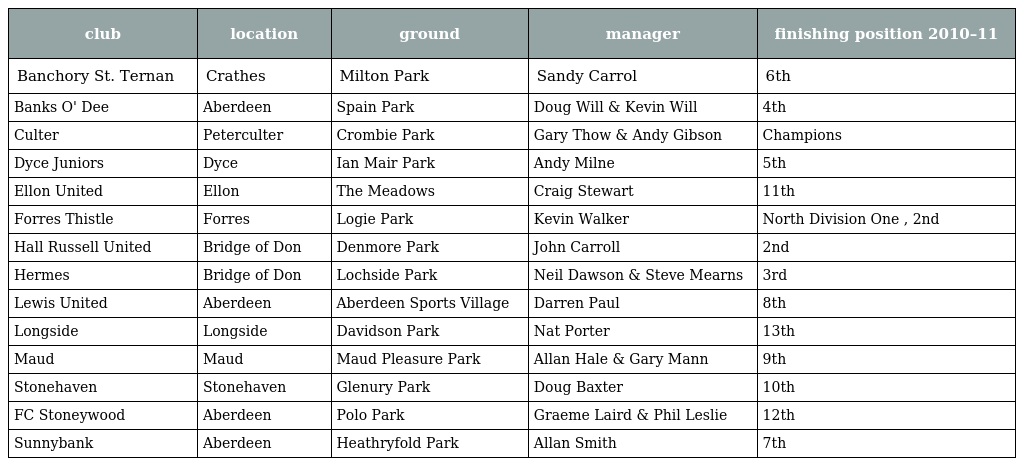
| club | location | ground | manager | finishing position 2010–11 |
 | --- | --- | --- | --- | --- |
 | Banchory St. Ternan | Crathes | Milton Park | Sandy Carrol | 6th |
 | Banks O' Dee | Aberdeen | Spain Park | Doug Will & Kevin Will | 4th |
 | Culter | Peterculter | Crombie Park | Gary Thow & Andy Gibson | Champions |
 | Dyce Juniors | Dyce | Ian Mair Park | Andy Milne | 5th |
 | Ellon United | Ellon | The Meadows | Craig Stewart | 11th |
 | Forres Thistle | Forres | Logie Park | Kevin Walker | North Division One , 2nd |
 | Hall Russell United | Bridge of Don | Denmore Park | John Carroll | 2nd |
 | Hermes | Bridge of Don | Lochside Park | Neil Dawson & Steve Mearns | 3rd |
 | Lewis United | Aberdeen | Aberdeen Sports Village | Darren Paul | 8th |
 | Longside | Longside | Davidson Park | Nat Porter | 13th |
 | Maud | Maud | Maud Pleasure Park | Allan Hale & Gary Mann | 9th |
 | Stonehaven | Stonehaven | Glenury Park | Doug Baxter | 10th |
 | FC Stoneywood | Aberdeen | Polo Park | Graeme Laird & Phil Leslie | 12th |
 | Sunnybank | Aberdeen | Heathryfold Park | Allan Smith | 7th |